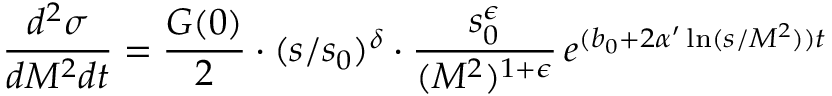
\frac { d ^ { 2 } \sigma } { d M ^ { 2 } d t } = \frac { G ( 0 ) } { 2 } \cdot ( s / s _ { 0 } ) ^ { \delta } \cdot \frac { s _ { 0 } ^ { \epsilon } } { ( M ^ { 2 } ) ^ { 1 + \epsilon } } \, e ^ { ( b _ { 0 } + 2 \alpha ^ { \prime } \ln ( s / M ^ { 2 } ) ) t }